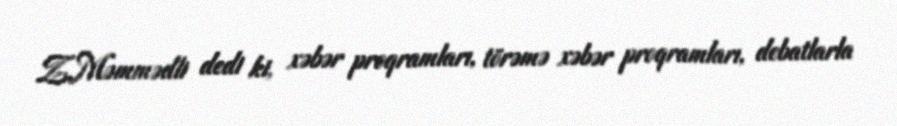
Z.Məmmədli dedi ki, xəbər proqramları, törəmə xəbər proqramları, debatlarla